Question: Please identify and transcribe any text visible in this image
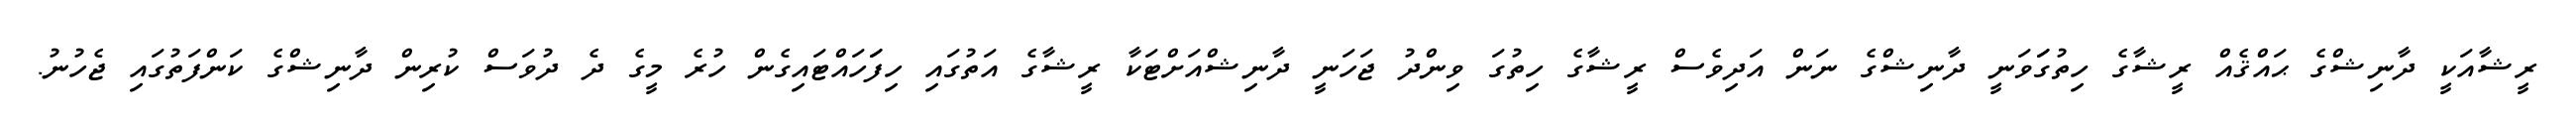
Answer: ރީޝާއަކީ ދާނިޝްގެ ޙައްޤެއް ރީޝާގެ ހިތުގަަވަނީ ދާނިޝްގެ ނަން އަދިވެސް ރީޝާގެ ހިތުގަ ވިންދު ޖަހަނީ ދާނިޝްއަށްޓަކާ ރީޝާގެ އަތުގައި ހިފަަހައްޓައިގެން ހުރެ މީގެ ދެ ދުވަސް ކުރިން ދާނިޝްގެ ކަންފަތުގައި ޖެހުނު.